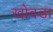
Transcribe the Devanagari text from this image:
खोवडा